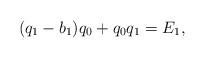
LaTeX: \begin{align*} (q_1-b_1)q_0+q_0q_1=E_1, \end{align*}